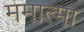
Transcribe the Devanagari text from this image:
ममात्मा